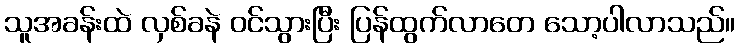
သူအခန်းထဲ လှစ်ခနဲ ဝင်သွားပြီး ပြန်ထွက်လာတေ သော့ပါလာသည်။